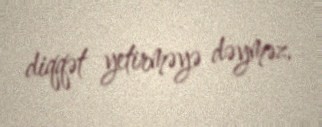
diqqət yetirməyə dəyməz.